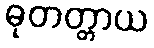
ဓုတတ္တာယ